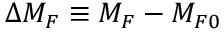
\Delta M _ { F } \equiv M _ { F } - M _ { F 0 }